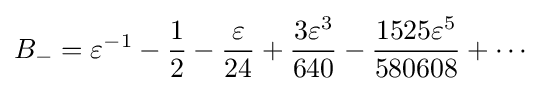
B_{-}=\varepsilon ^{-1}-{\frac {1}{2}}-{\frac {\varepsilon }{24}}+{\frac {3\varepsilon ^{3}}{640}}-{\frac {1525\varepsilon ^{5}}{580608}}+\dotsb